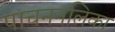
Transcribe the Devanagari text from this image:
पाचननलिका